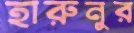
হারুনুর